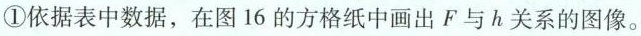
①依据表中数据，在图16的方格纸中画出F与h关系的图像。